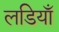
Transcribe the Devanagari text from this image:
लडियाँ